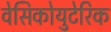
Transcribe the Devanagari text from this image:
वेसिकोयुटेरिक